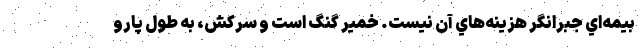
بيمه‌‌اي جبرانگر هزينه‌هاي آن نيست. خمير گنگ است و سركش، به طول پارو